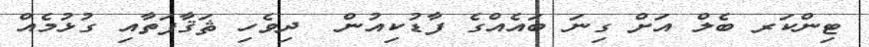
ޓިންކަރ ބެލް އަށް ގިނަ ބައެއްގެ ފާޑުކިއުން  ދިވެހި ޘަޤާފަތާއި ގުޅުމެއް